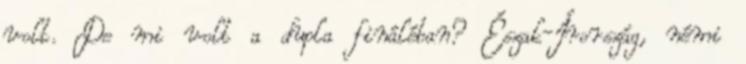
volt. De mi volt a dupla fináléban? Észak-Írország, némi